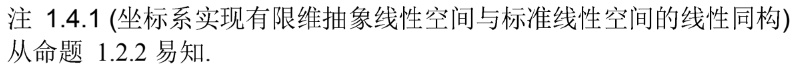
注 1.4.1 (坐标系实现有限维抽象线性空间与标准线性空间的线性同构)
从命题 1.2.2 易知.